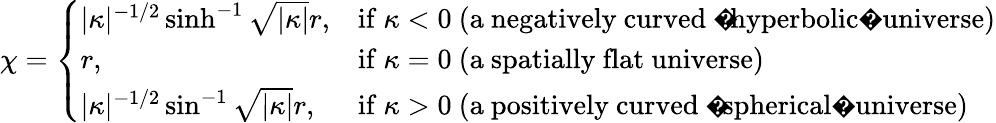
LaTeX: \chi={\left\{ \begin{array}{ll}{|\kappa|^{-1/2}\sinh^{-1}{\sqrt{|\kappa|}}r,}&{{\mathrm{if~}}\kappa<0\ {\mathrm{(a~negatively~curved~�hyperbolic�~universe)}}}\\ {r,}&{{\mathrm{if~}}\kappa=0\ {\mathrm{(a~spatially~flat~universe)}}}\\ {|\kappa|^{-1/2}\sin^{-1}{\sqrt{|\kappa|}}r,}&{{\mathrm{if~}}\kappa>0\ {\mathrm{(a~positively~curved~�spherical�~universe)}}}\end{array}\right.}